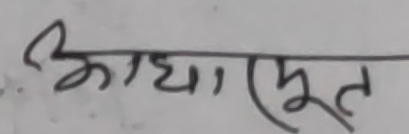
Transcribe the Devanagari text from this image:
आधारभूत